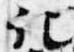
記